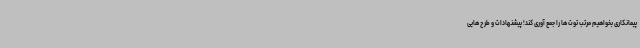
پیمانکاری بخواهیم مرتب توت ها را جمع آوری کند! پیشنهادات و طرح هایی